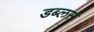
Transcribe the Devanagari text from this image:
डब्लस